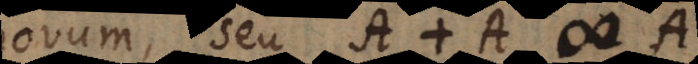
novum, seu A + A # A.